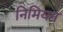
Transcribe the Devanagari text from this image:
निमियन